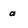
Character: a